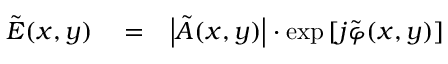
\begin{array} { r l r } { \Tilde { E } ( x , y ) } & { { } = } & { \left| \Tilde { A } ( x , y ) \right| \cdot \exp \left[ j \Tilde { \varphi } ( x , y ) \right] } \end{array}